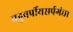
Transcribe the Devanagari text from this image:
बहुवर्षीयसर्पगंधा